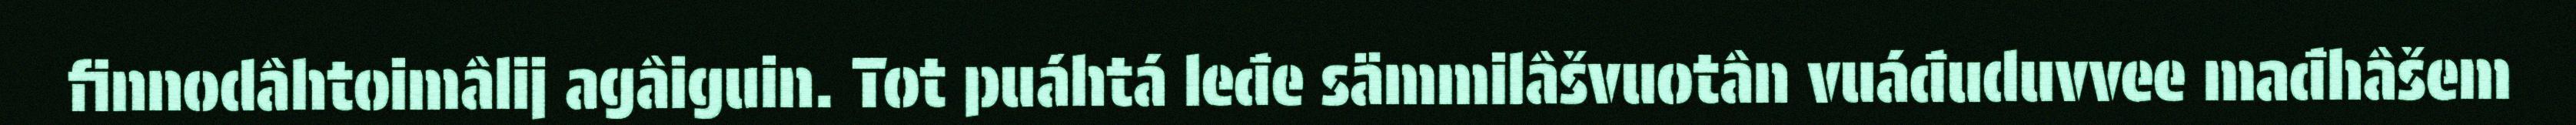
finnodâhtoimâlij agâiguin. Tot puáhtá leđe sämmilâšvuotân vuáđuduvvee mađhâšem